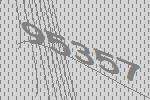
95357